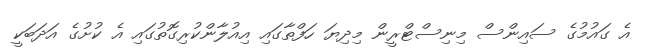
އެ ގައުމުގެ ސައިންސް މިނިސްޓްރީން މިދިޔަ ހަފްތާގައި އިއުލާންކުރިގޮތުގައި އެ ކުށުގެ އަދަބަކީ